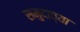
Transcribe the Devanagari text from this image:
समुदाच्या